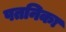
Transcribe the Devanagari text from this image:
पतनिका